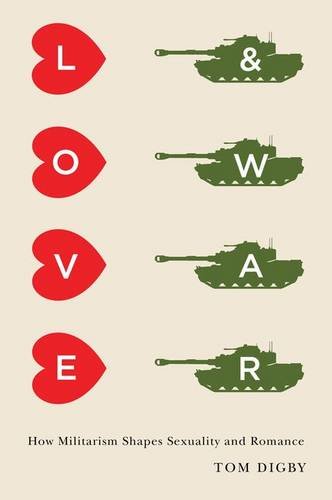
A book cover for Love and War: How Militarism Shapes Sexuality and Romance; Tom Digby; Gay & Lesbian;